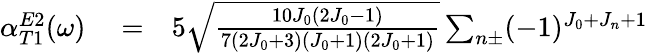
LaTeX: \begin{array}{rlr}{\alpha_{T1}^{E2}(\omega)}&{{}=}&{5\sqrt{\frac{10J_{0}(2J_{0}-1)}{7(2J_{0}+3)(J_{0}+1)(2J_{0}+1)}}\sum_{n\pm}(-1)^{J_{0}+J_{n}+1}}\end{array}